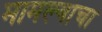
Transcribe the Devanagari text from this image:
मामल्याचा